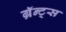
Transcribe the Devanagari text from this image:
ग्रॅन्ट्‍स